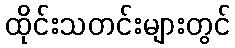
ထိုင်းသတင်းများတွင်